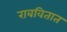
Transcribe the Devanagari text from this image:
राबवितात